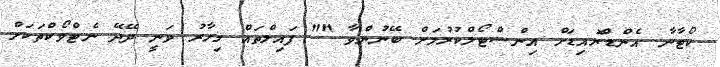
ކޯޓާނާ އެންޑްރޮއިޑަށް އިންސްޓޯލްކުރުމަށް ބޭނުންވާ "" ފައިލްތައް މިހާރު ވަނީ ދޭދޭ ނެޓްވޯކްތަކަށް